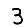
Digit: 3